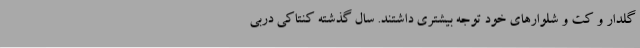
گلدار و کت و شلوار‌های خود توجه بیشتری داشتند. سال گذشته کنتاکی دربی